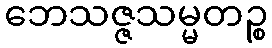
ဘေသဇ္ဇသမ္မတဉ္စ